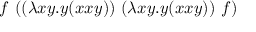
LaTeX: f \ ( ( \lambda x y . y ( x x y ) ) \ ( \lambda x y . y ( x x y ) ) \ f )